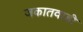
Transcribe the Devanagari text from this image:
जकातवाडी